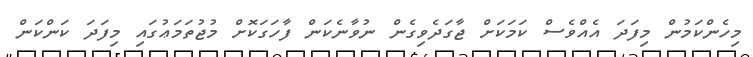
މިހެންކަމުން މިފަދަ އެއްވެސް ކަމަކަށް ޖާގަދެވިގެން ނުވާނެކަން ފާހަގަކޮށް މުޖުތަމަޢުގައި މިފަދަ ކަންކަން